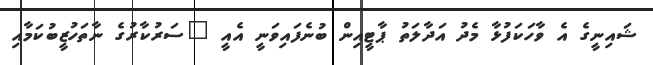
ޝައިނީގެ އެ ވާހަކަފުޅާ މެދު އަދާލަތު ޕާޓީއިން ބުނެފައިވަނީ އެއީ "ސަރުކާރުގެ ނާތަހުޒީބުކަމާއި